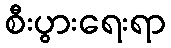
စီးပွားရေးရာ